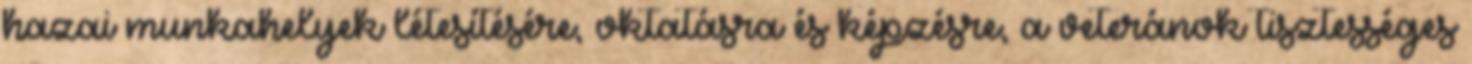
hazai munkahelyek létesítésére, oktatásra és képzésre, a veteránok tisztességes